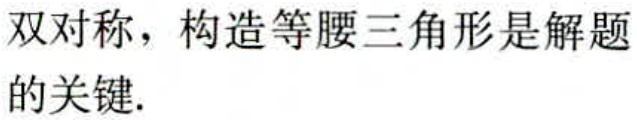
双对称，构造等腰三角形是解题的关键.